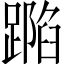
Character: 𨄽